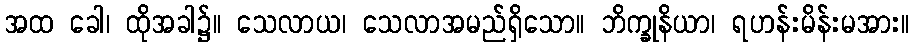
အထ ခေါ၊ ထိုအခါ၌။ သေလာယ၊ သေလာအမည်ရှိသော။ ဘိက္ခုနိယာ၊ ရဟန်းမိန်းမအား။